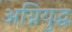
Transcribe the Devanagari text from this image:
अग्नियुद्ध